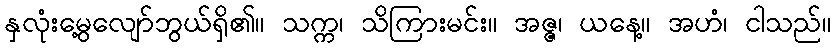
နှလုံးမွေ့လျော်ဘွယ်ရှိ၏။ သက္က၊ သိကြားမင်း။ အဇ္ဇ၊ ယနေ့။ အဟံ၊ ငါသည်။